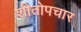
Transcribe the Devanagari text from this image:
शीतोपचार